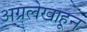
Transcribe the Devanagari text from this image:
अग्रलेखाहून